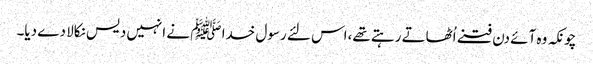
چونکہ وہ آئے دن فتنے اُٹھاتے رہتے تھے،اس لئے رسول خدا ﷺ نے انہیں دیس نکالا دے دیا۔